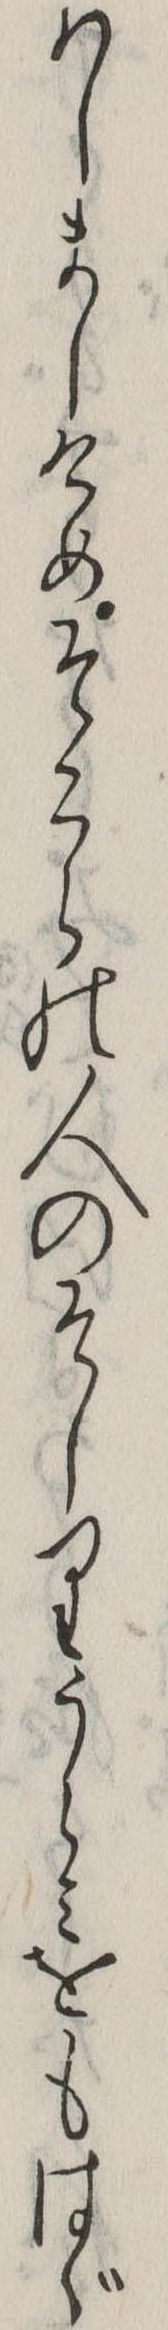
はしましけめそこらの人のそしりうらみをもはゞ